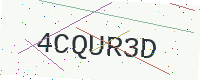
Text: 4CQUR3D